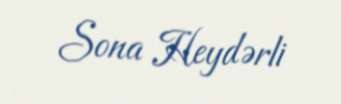
Sona Heydərli